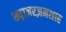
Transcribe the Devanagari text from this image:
ख्व़ाजरज़मशाह